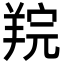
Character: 羦